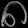
Digit: ၈